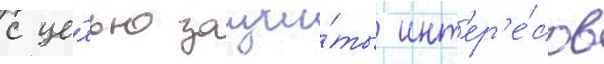
с це́лью защи́ты инт'ер'е́сов